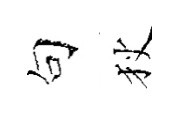
句狄